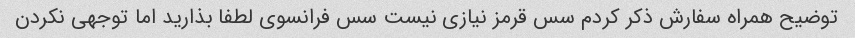
توضیح همراه سفارش ذکر کردم سس قرمز نیازی نیست سس فرانسوی لطفا بذارید اما توجهی نکردن